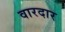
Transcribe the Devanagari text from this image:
वारदार